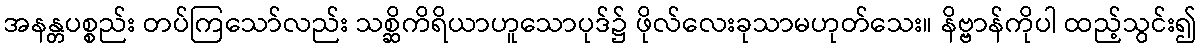
အနန္တပစ္စည်း တပ်ကြသော်လည်း သစ္ဆိကိရိယာဟူသောပုဒ်၌ ဖိုလ်လေးခုသာမဟုတ်သေး။ နိဗ္ဗာန်ကိုပါ ထည့်သွင်း၍